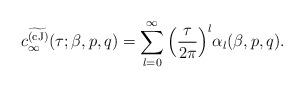
LaTeX: \begin{align*} c_\infty^{\widetilde{\rm (cJ)}}(\tau;\beta,p,q) = \sum_{l=0}^\infty \Big ( {\tau \over 2 \pi} \Big )^l \alpha_l(\beta,p,q). \end{align*}